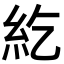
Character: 紇